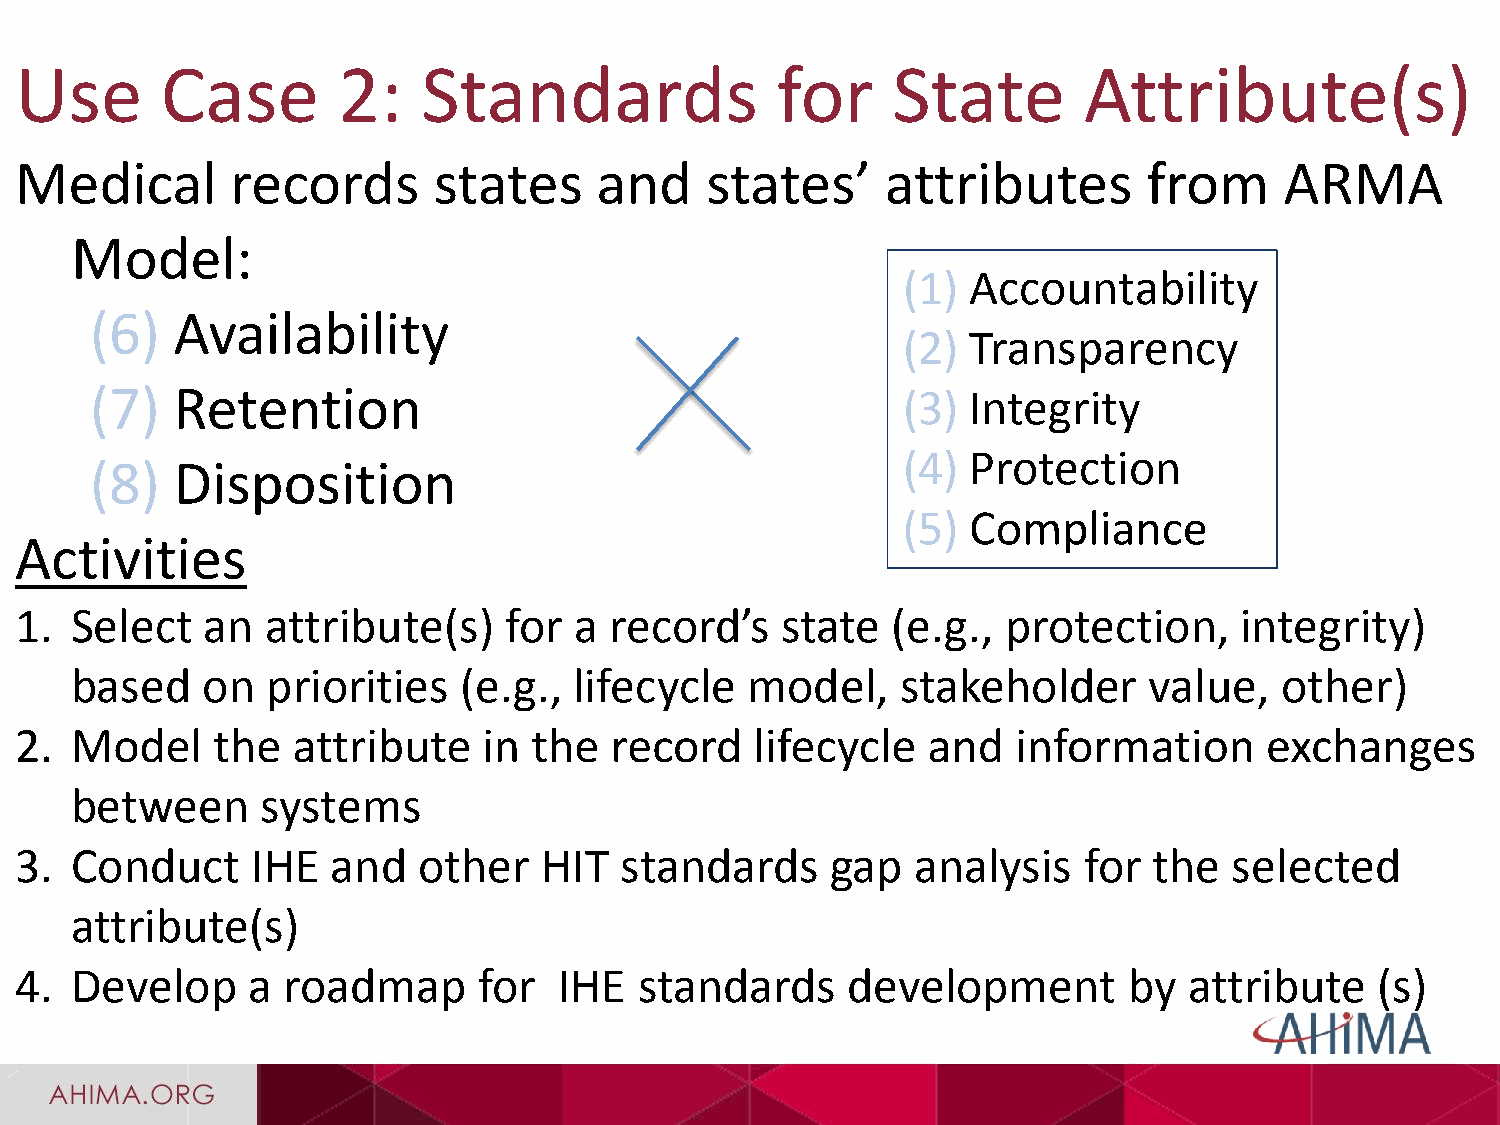
Use       Case       2:    Standards              for     State        Attribute(s)
 Medical       records       states    and     states’     attributes       from     ARMA
 Model:
 (1) Accountability
 (6)  Availability
 (2) Transparency
 (7)  Retention                                        (3) Integrity
 (4) Protection
 (8)  Disposition
 (5) Compliance
 Activities
 1.  Select  an   attribute(s)   for  a record’s    state  (e.g.,  protection,    integrity)
 based   on   priorities  (e.g.,  lifecycle  model,     stakeholder     value,   other)
 2.  Model    the  attribute    in the  record    lifecycle  and   information      exchanges
 between     systems
 3.  Conduct     IHE  and   other   HIT  standards     gap  analysis    for the   selected
 attribute(s)
 4.  Develop    a  roadmap      for  IHE  standards     development        by  attribute   (s)